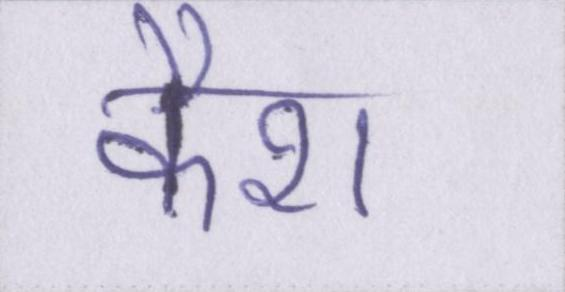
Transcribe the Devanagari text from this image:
कैश